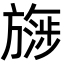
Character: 𬀔